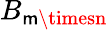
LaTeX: B_{\mathsf{m}\timesn}